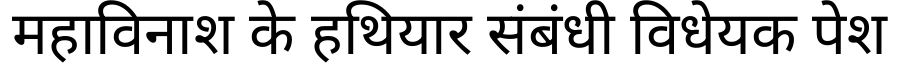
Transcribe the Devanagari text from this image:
महाविनाश के हथियार संबंधी विधेयक पेश